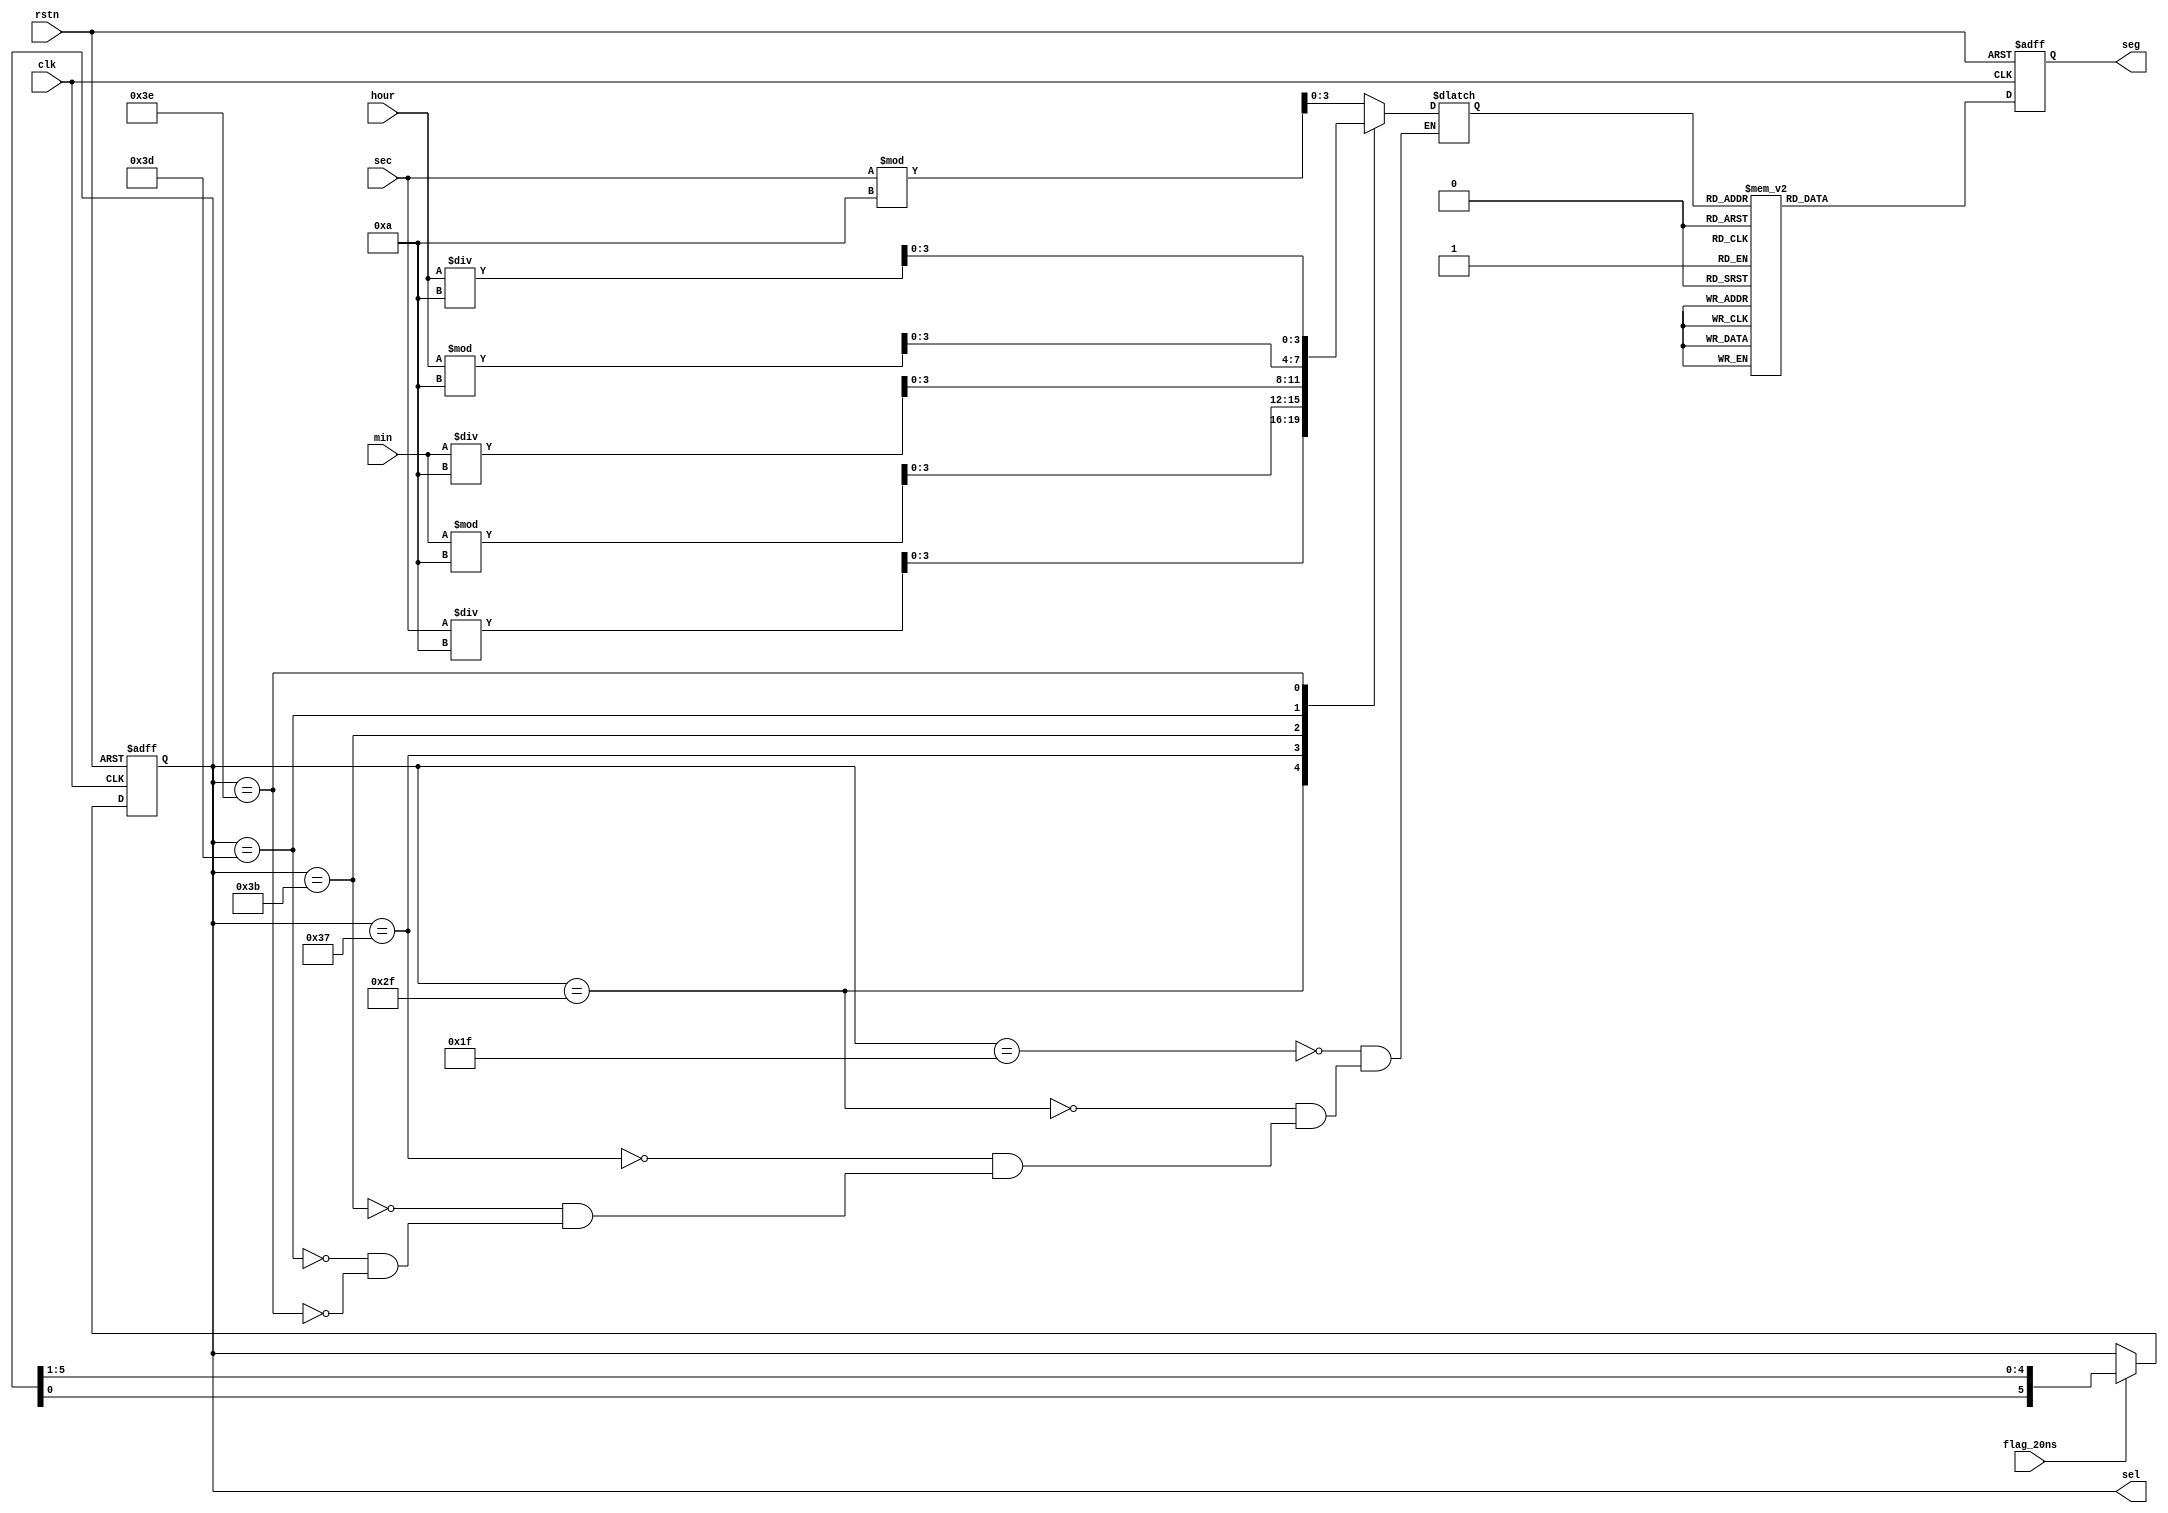
module segshow (
    input   wire            clk         ,
    input   wire            rstn        ,
    input   wire            flag_20ns   ,  
    input   wire    [4:0]   hour        ,   // 
    input   wire    [5:0]   min         ,   // 
    input   wire    [5:0]   sec         ,   // 

    output  reg     [5:0]   sel         ,
    output  reg     [7:0]   seg  
);

    parameter   sec_ti     =   2'd0    ;
    parameter   min_ti     =   2'd1    ;
    parameter   hour_ti    =   2'd2    ; 

    reg     [3:0]  num         ;
    wire    [3:0]   sec_low     ;
    wire    [3:0]   sec_hi      ;
    wire    [3:0]   min_low     ;
    wire    [3:0]   min_hi      ;
    wire    [3:0]   hour_low    ;
    wire    [3:0]   hour_hi     ;




    always @(posedge clk or negedge rstn) begin
        if(!rstn) begin
            sel <= 6'b011111;
        end
        else if(flag_20ns)begin
            sel <= {sel[0],sel[5:1]};
        end
        else begin
            sel <= sel;
        end
    end

    always @(*) begin
        case (sel)
            6'b011111:  num = sec_low   ;
            6'b101111:  num = sec_hi    ;
            6'b110111:  num = min_low   ;
            6'b111011:  num = min_hi    ;
            6'b111101:  num = hour_low  ;
            6'b111110:  num = hour_hi   ;
        endcase
    end

    always @(posedge clk or negedge rstn) begin
        if(!rstn) begin
            seg <= 8'b1100_0000;
        end
        else begin
            case (num)
                4'd0:		seg <= 8'b1100_0000;//0
                4'd1:		seg <= 8'b1111_1001;//1
                4'd2: 		seg <= 8'b1010_0100;//2
                4'd3: 		seg <= 8'b1011_0000;//3
                4'd4: 		seg <= 8'b1001_1001;//4
                4'd5: 		seg <= 8'b1001_0010;//5
                4'd6: 		seg <= 8'b1000_0010;//6
                4'd7: 		seg <= 8'b1111_1000;//7
                4'd8: 		seg <= 8'b1000_0000;//8
                4'd9:    	seg <= 8'b1001_0000;//9
                default:	seg <= 8'b1100_0000;//0
            endcase
        end
    end
    assign sec_low   = sec % 4'd10 ;
    assign sec_hi    = sec / 4'd10 ;
    assign min_low   = min % 4'd10 ;
    assign min_hi    = min / 4'd10 ;
    assign hour_low  = hour % 4'd10;
    assign hour_hi   = hour / 4'd10;

endmodule //segshow
/*
82000:
22:46:40
82000/3600 = 22
(82000%3600)/60 = 46
(82000%3600)%60 = 40
*/